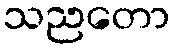
သညတော